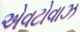
એવટોવાઝ